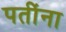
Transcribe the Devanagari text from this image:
पतींना